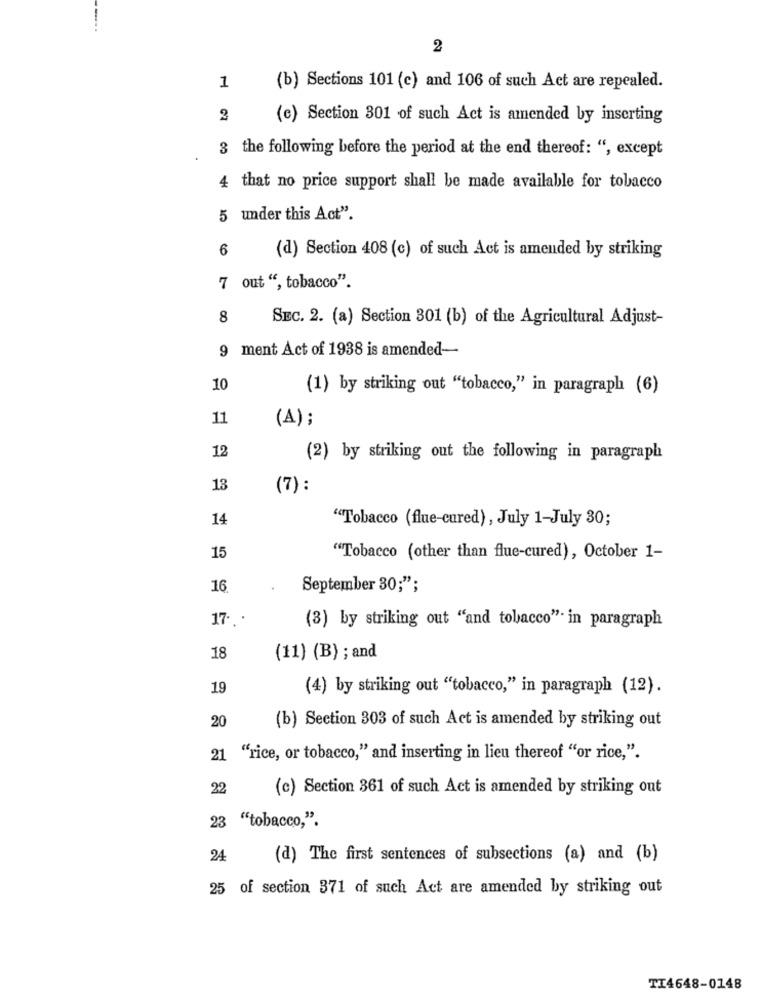
2
1
(b) Sections 101 (c) and 106 of such Act are repealed.
2
(e) Section 301 of such Act is amended by inserting
3 the following before the period at the end thereof: ", except
4 that no price support shall be made available for tobacco
5 under this Act".
6
(d) Section 408 (c) of such Act is amended by striking
7 out ", tobacco".
8
SEC. 2. (a) Section 301 (b) of the Agricultural Adjust-
9 ment Act of 1938 is amended-
10
(1) by striking out "tobacco," in paragraph (6)
11
(A);
12
(2) by striking out the following in paragraph
13
(7) :
14
"Tobacco (flue-cured), July 1-July 30;
15
"Tobacco (other than flue-cured), October 1-
16
September 30;";
17 ...
(3) by striking out "and tobacco" in paragraph
18
(11) (B) ; and
19
(4) by striking out "tobacco," in paragraph (12).
20
(b) Section 303 of such Act is amended by striking out
21 "rice, or tobacco," and inserting in lieu thereof "or rice,".
22
(c) Section 361 of such Act is amended by striking out
23 "tobacco,".
24
(d) The first sentences of subsections (a) and (b)
25 of section 371 of such Act are amended by striking out
TI4648-0148